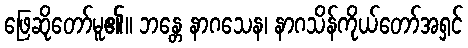
ဖြေဆိုတော်မူ၏။ ဘန္တေ နာဂသေန၊ နာဂသိန်ကိုယ်တော်အရှင်